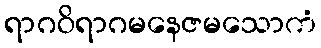
ရာဂဝိရာဂမနေဇမသောကံ